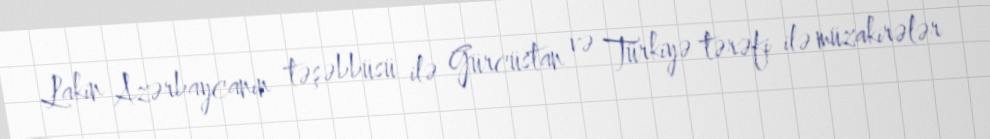
Lakin Azərbaycanın təşəbbüsü ilə Gürcüstan və Türkiyə tərəfi ilə müzakirələr